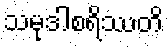
သမုဒါစရိဿတိ